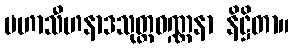
မဟာသီဟနာဒသုတ္တဝဏ္ဏနာ နိဋ္ဌိတာ။